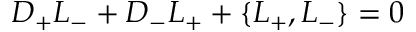
D _ { + } { \cal L } _ { - } + D _ { - } { \cal L } _ { + } + \{ { \cal L } _ { + } , { \cal L } _ { - } \} = 0